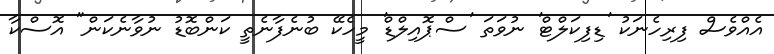
އެއްވެސް ފިރިހެނަކު 'ޑިފިކަލްޓް' ނުވަތަ 'ސްޕޮއިލްޑް' މީހެކޭ ބުނެފާނެތީ ކަންބޮޑު ނުވާނެކަން" އޮސްކާ